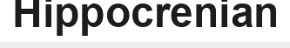
Hippocrenian